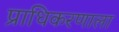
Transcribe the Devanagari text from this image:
प्राधिकरणाला